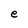
Character: e